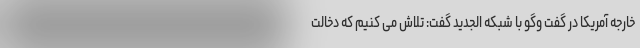
خارجه آمریکا در گفت وگو با شبکه الجدید گفت: تلاش می کنیم که دخالت